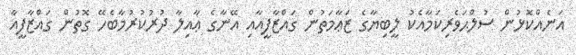
އަނެއްކޮޅުން ސުލްޙަވެރިކަމާއެކު ލީބިޔާގެ ޒަޢާމަތުން ގައްޒާފީއާއި އޭނާގެ ޢާއިލާ ދުރުކުރުމާބެހޭ ގޮތުން ގައްޒާފީއާ